Civil Veterinary Dept. North-West Frontier Province 1933-46 - 1933-1946
Year: 1933
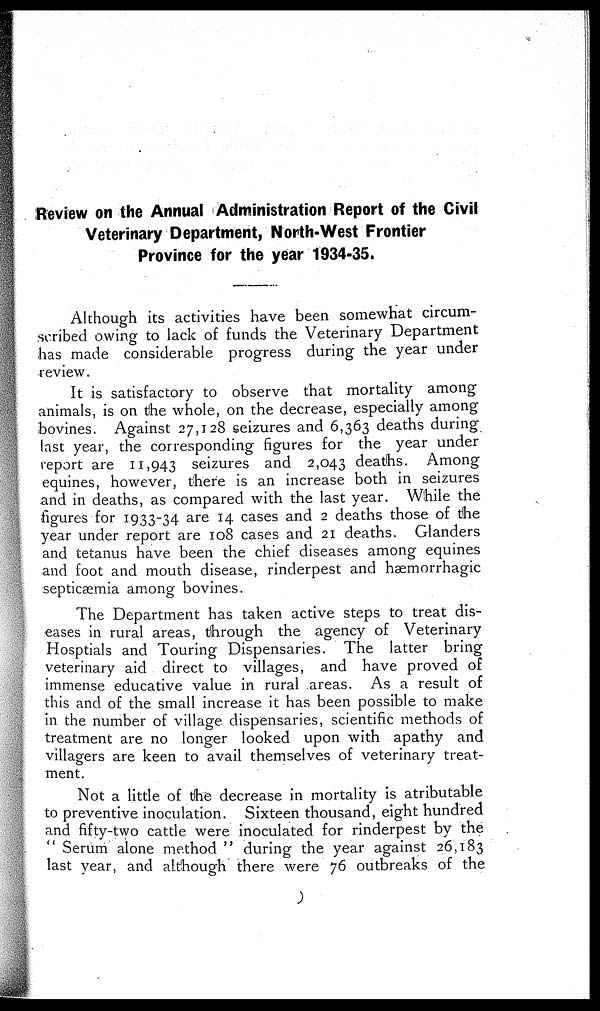
Review on the Annual Administration Report of the Civil
Veterinary Department, North-West Frontier
Province for the year 1934-35.
Although its activities have been somewhat circum-
scribed owing to lack of funds the Veterinary Department
has made considerable progress during the year under
review.
It is satisfactory to observe that mortality among
animals, is on the whole, on the decrease, especially among
bovines. Against 27,128 seizures and 6,363 deaths during
last year, the corresponding figures for the year under
report are 11,943 seizures and 2,043 deaths. Among
equines, however, there is an increase both in seizures
and in deaths, as compared with the last year. While the
figures for 1933-34 are 14 cases and 2 deaths those of the
year under report are 108 cases and 21 deaths. Glanders
and tetanus have been the chief diseases among equines
and foot and mouth disease, rinderpest and hæmorrhagic
septicæmia among bovines.
The Department has taken active steps to treat dis-
eases in rural areas, through the agency of Veterinary
Hosptials and Touring Dispensaries. The latter bring
veterinary aid direct to villages, and have proved of
immense educative value in rural areas. As a result of
this and of the small increase it has been possible to make
in the number of village dispensaries, scientific methods of
treatment are no longer looked upon with apathy and
villagers are keen to avail themselves of veterinary treat-
ment.
Not a little of the decrease in mortality is atributable
to preventive inoculation. Sixteen thousand, eight hundred
and fifty-two cattle were inoculated for rinderpest by the
Serum alone method" during the year against 26,183
last year, and although there were 76 outbreaks of the